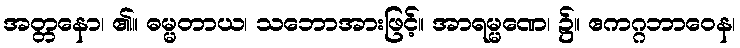
အတ္တနော၊ ၏။ ဓမ္မတာယ၊ သဘောအားဖြင့်။ အာရမ္မဏေ၊ ၌။ ဧကဂ္ဂဘာဝေန၊